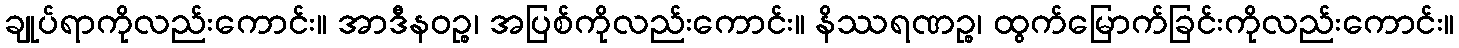
ချုပ်ရာကိုလည်းကောင်း။ အာဒီနဝဉ္စ၊ အပြစ်ကိုလည်းကောင်း။ နိဿရဏဉ္စ၊ ထွက်မြောက်ခြင်းကိုလည်းကောင်း။